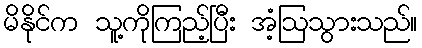
မိနိုင်က သူ့ကိုကြည့်ပြီး အံ့ဩသွားသည်။